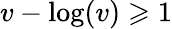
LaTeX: v-\log(v)\geqslant 1